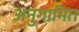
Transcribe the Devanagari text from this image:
अनुगामित